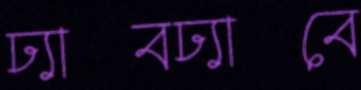
ঢ্যাবঢ্যাবে